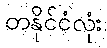
တနိုင်ငံလုံး